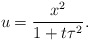
\begin{align*} u=\frac{x^2}{1+t\tau^2}.\end{align*}